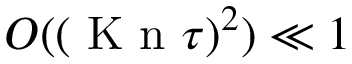
O ( ( \ensuremath { \mathrm { ~ K ~ n ~ } } \tau ) ^ { 2 } ) \ll 1